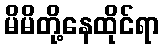
မိမိတို့နေထိုင်ရာ